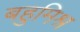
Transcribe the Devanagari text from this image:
बहुमिश्र